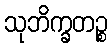
သုဘိက္ခတဉ္စ